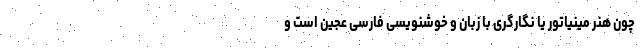
چون هنر مینیاتور یا نگارگری با زبان و خوشنویسیِ فارسی عجین است و